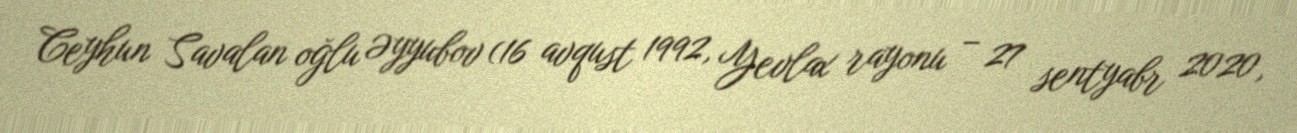
Ceyhun Savalan oğlu Əyyubov (16 avqust 1992, Yevlax rayonu – 27 sentyabr 2020,